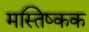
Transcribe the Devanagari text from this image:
मस्तिष्कक